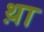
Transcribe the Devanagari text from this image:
थ़ा